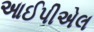
આઈપીએલ